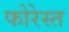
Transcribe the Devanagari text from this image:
फोरेस्त